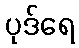
ပုဒ်ရေ